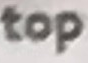
top